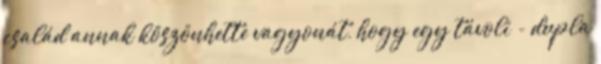
család annak köszönhette vagyonát, hogy egy távoli - dupla